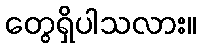
တွေရှိပါသလား။